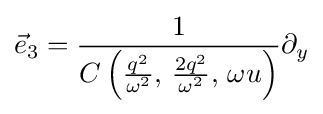
{\vec {e}}_{3}={\frac {1}{C\left({\frac {q^{2}}{\omega ^{2}}},\,{\frac {2q^{2}}{\omega ^{2}}},\,\omega u\right)}}\partial _{y}